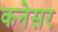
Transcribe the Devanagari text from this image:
कनेसर